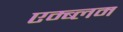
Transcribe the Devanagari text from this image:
एम्ब्लम